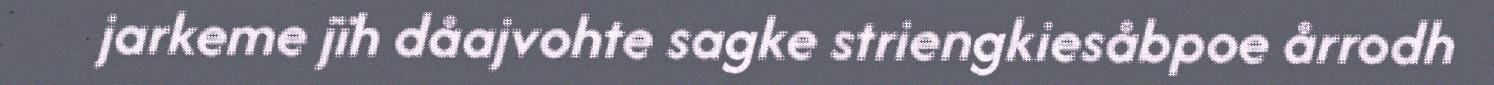
jarkeme jïh dåajvohte sagke striengkiesåbpoe årrodh